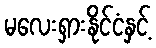
မလေးရှားနိုင်ငံနှင့်